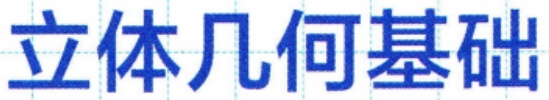
立体几何基础